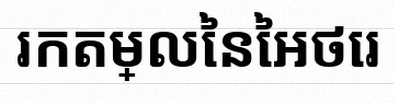
រកតម្លៃនៃអថេរ